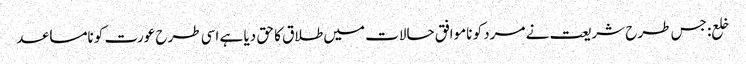
خلع: جس طرح شریعت نے مرد کو ناموافق حالات میں طلاق کا حق دیا ہے اسی طرح عورت کو نامساعد